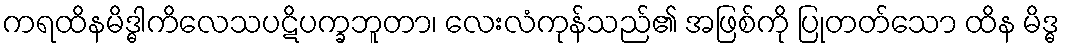
ကရထိနမိဒ္ဓါကိလေသပဋိပက္ခဘူတာ၊ လေးလံကုန်သည်၏ အဖြစ်ကို ပြုတတ်သော ထိန မိဒ္ဓ